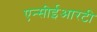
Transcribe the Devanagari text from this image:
एन्सीईआरटी